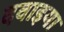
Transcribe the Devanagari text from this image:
दवाइया